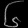
Digit: ၆